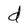
Character: d